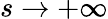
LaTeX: s\to+\infty